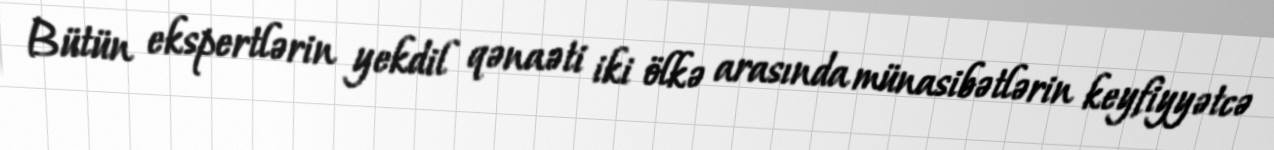
Bütün ekspertlərin yekdil qənaəti iki ölkə arasında münasibətlərin keyfiyyətcə